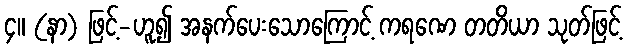
၄။ (နာ) ဖြင့်-ဟူ၍ အနက်ပေးသောကြောင့် ကရဏေ တတိယာ သုတ်ဖြင့်